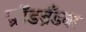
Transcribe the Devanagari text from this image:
ब्रॉडब्रँडवर